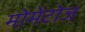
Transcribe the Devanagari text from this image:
मोमेंटोज